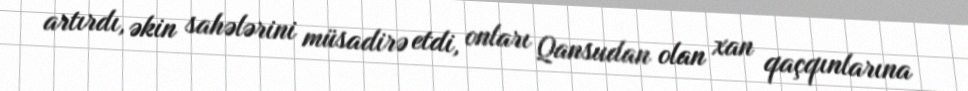
artırdı, əkin sahələrini müsadirə etdi, onları Qansudan olan xan qaçqınlarına